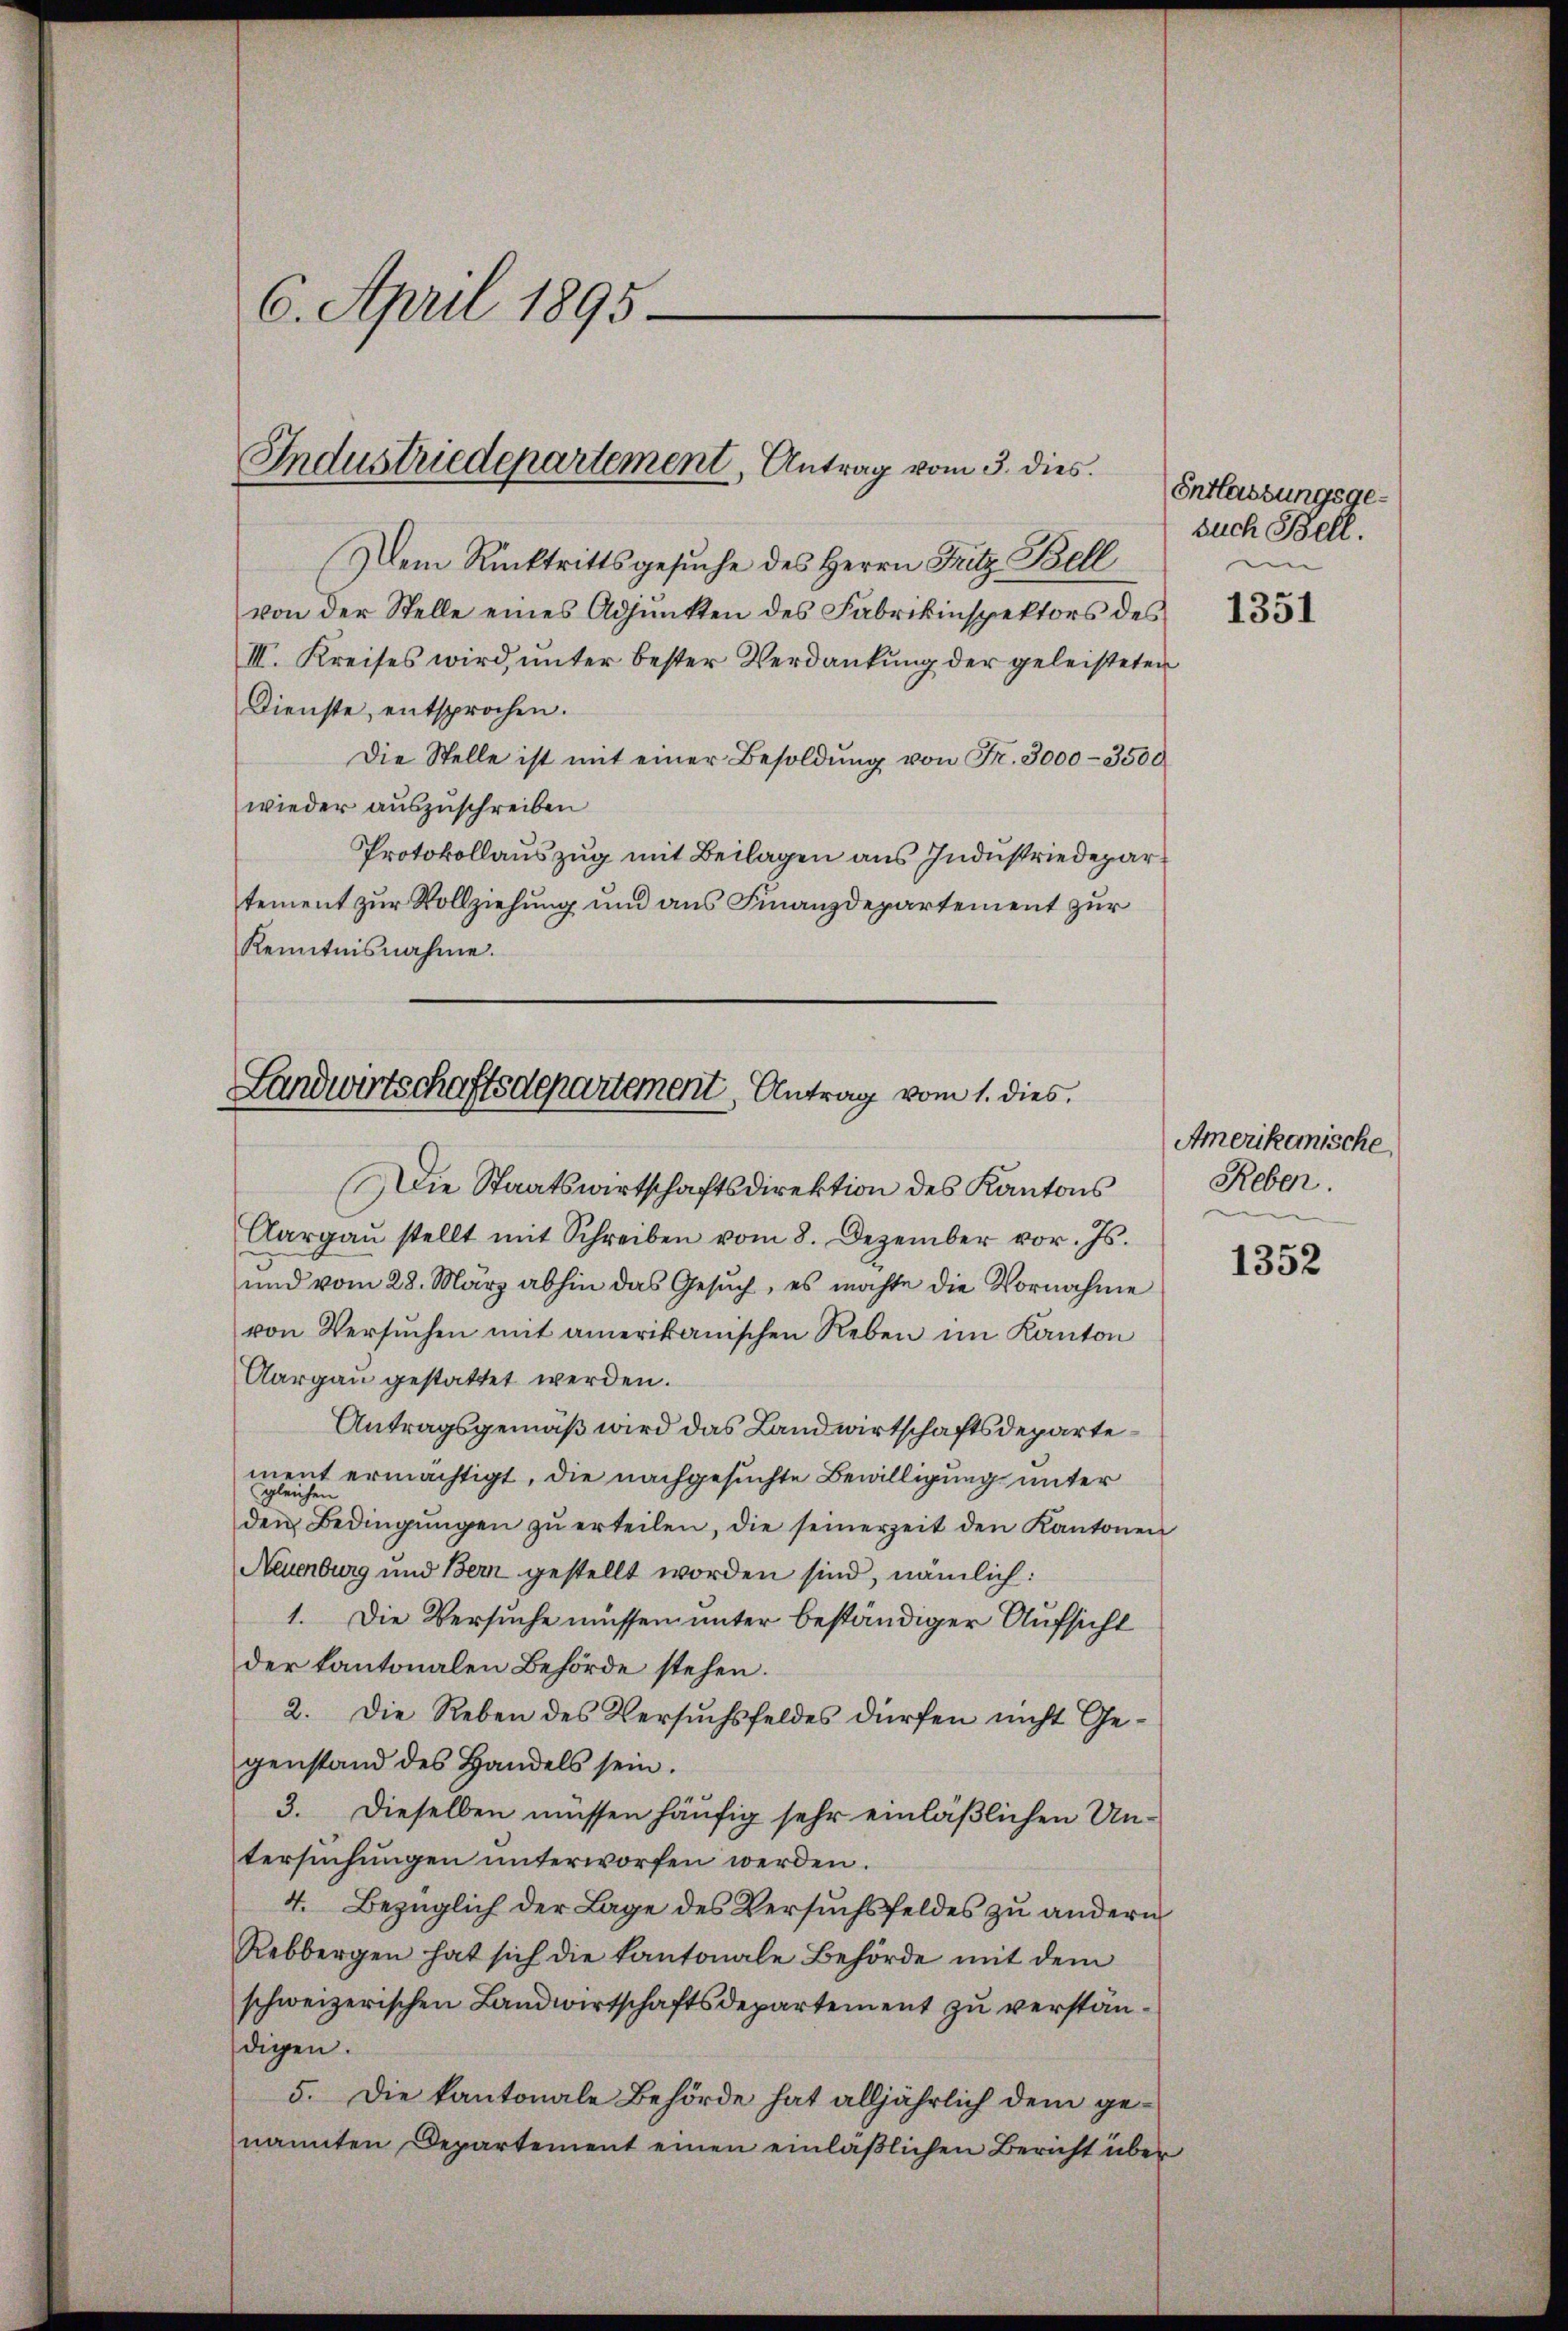
6. April 1895.

Industriedepartement, Antrag vom 3. dies

Dem Rücktrittsgesuche des Herrn Fritz Bell
von der Stelle eines Adjunkten des Fabrikinspektors des
III. Kreises wird, unter bester Verdankung der geleisteten
Dienste, entsprochen.
Die Stelle ist mit einer Besoldung von Fr. 3000-3500
wieder auszuschreiben
Protokollauszug mit Beilagen aus Industriedepartement zur Vollziehung und aus Finanzdepartement zur
Kenntnisnahme.

Landwirtschaftsdepartement, Antrag vom 1. dies
Die Staatswirtschaftsdirektion des Kantons

Aargaŭ stellt mit Schreiben vom 8. Dezember vor. Js.
und vom 28. März abhin das Gesŭch, es möchte die Vornahme
von Versŭchen mit amerikanischen Reben im Kanton
Aargau gestattet werden.
Antragsgemäß wird das Landwirtschaftsdepartement ermächtigt, die nachgesuchte Bewilligung unter
gleichen
den Bedingŭngen zŭ erteilen, die seinerzeit den Kantonen
Neuenburg und Bern gestellt worden sind, nämlich:
1. Die Versuche müssen unter beständiger Aufsicht
der kantonalen Behörde stehen.
2. Die Reben des Versuchsfeldes dürfen nicht Gegenstand des Handels sein.
3. Dieselben müssen häufig sehr einläßlichen Untersuchungen unterworfen werden.
4. Bezüglich der Lage des Versuchsfeldes zu andern
Rebbergen hat sich die Kantonale Behörde mit dem
schweizerischen Landwirtschaftsdepartement zu verständigen.
5. Die kantonale Behörde hat alljährlich dem genannten Departement einen einlaßlichen Bericht über

Entlassungsgesuch Bell.

1351

Amerikanische
Reben.

1352